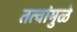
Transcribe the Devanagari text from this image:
तत्वांमुळे